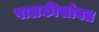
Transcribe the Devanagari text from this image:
पालकीसोबत